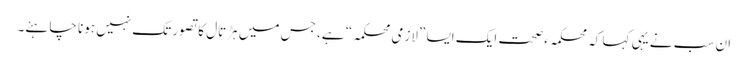
ان سب نے یہی کہا کہ محکمہءصحت ایک ایسا ”لازمی محکمہ“ ہے، جس میں ہڑتال کا تصور تک نہیں ہونا چاہئے۔